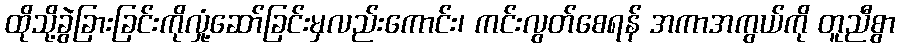
ထိုသို့ခွဲခြားခြင်းကိုလှုံ့ဆော်ခြင်းမှလည်းကောင်း၊ ကင်းလွတ်စေရန် အကာအကွယ်ကို တူညီစွာ